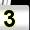
Digit: 3